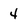
Character: 4